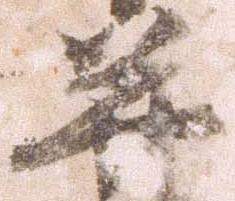
并